Tali_Vallakohus, lk 5
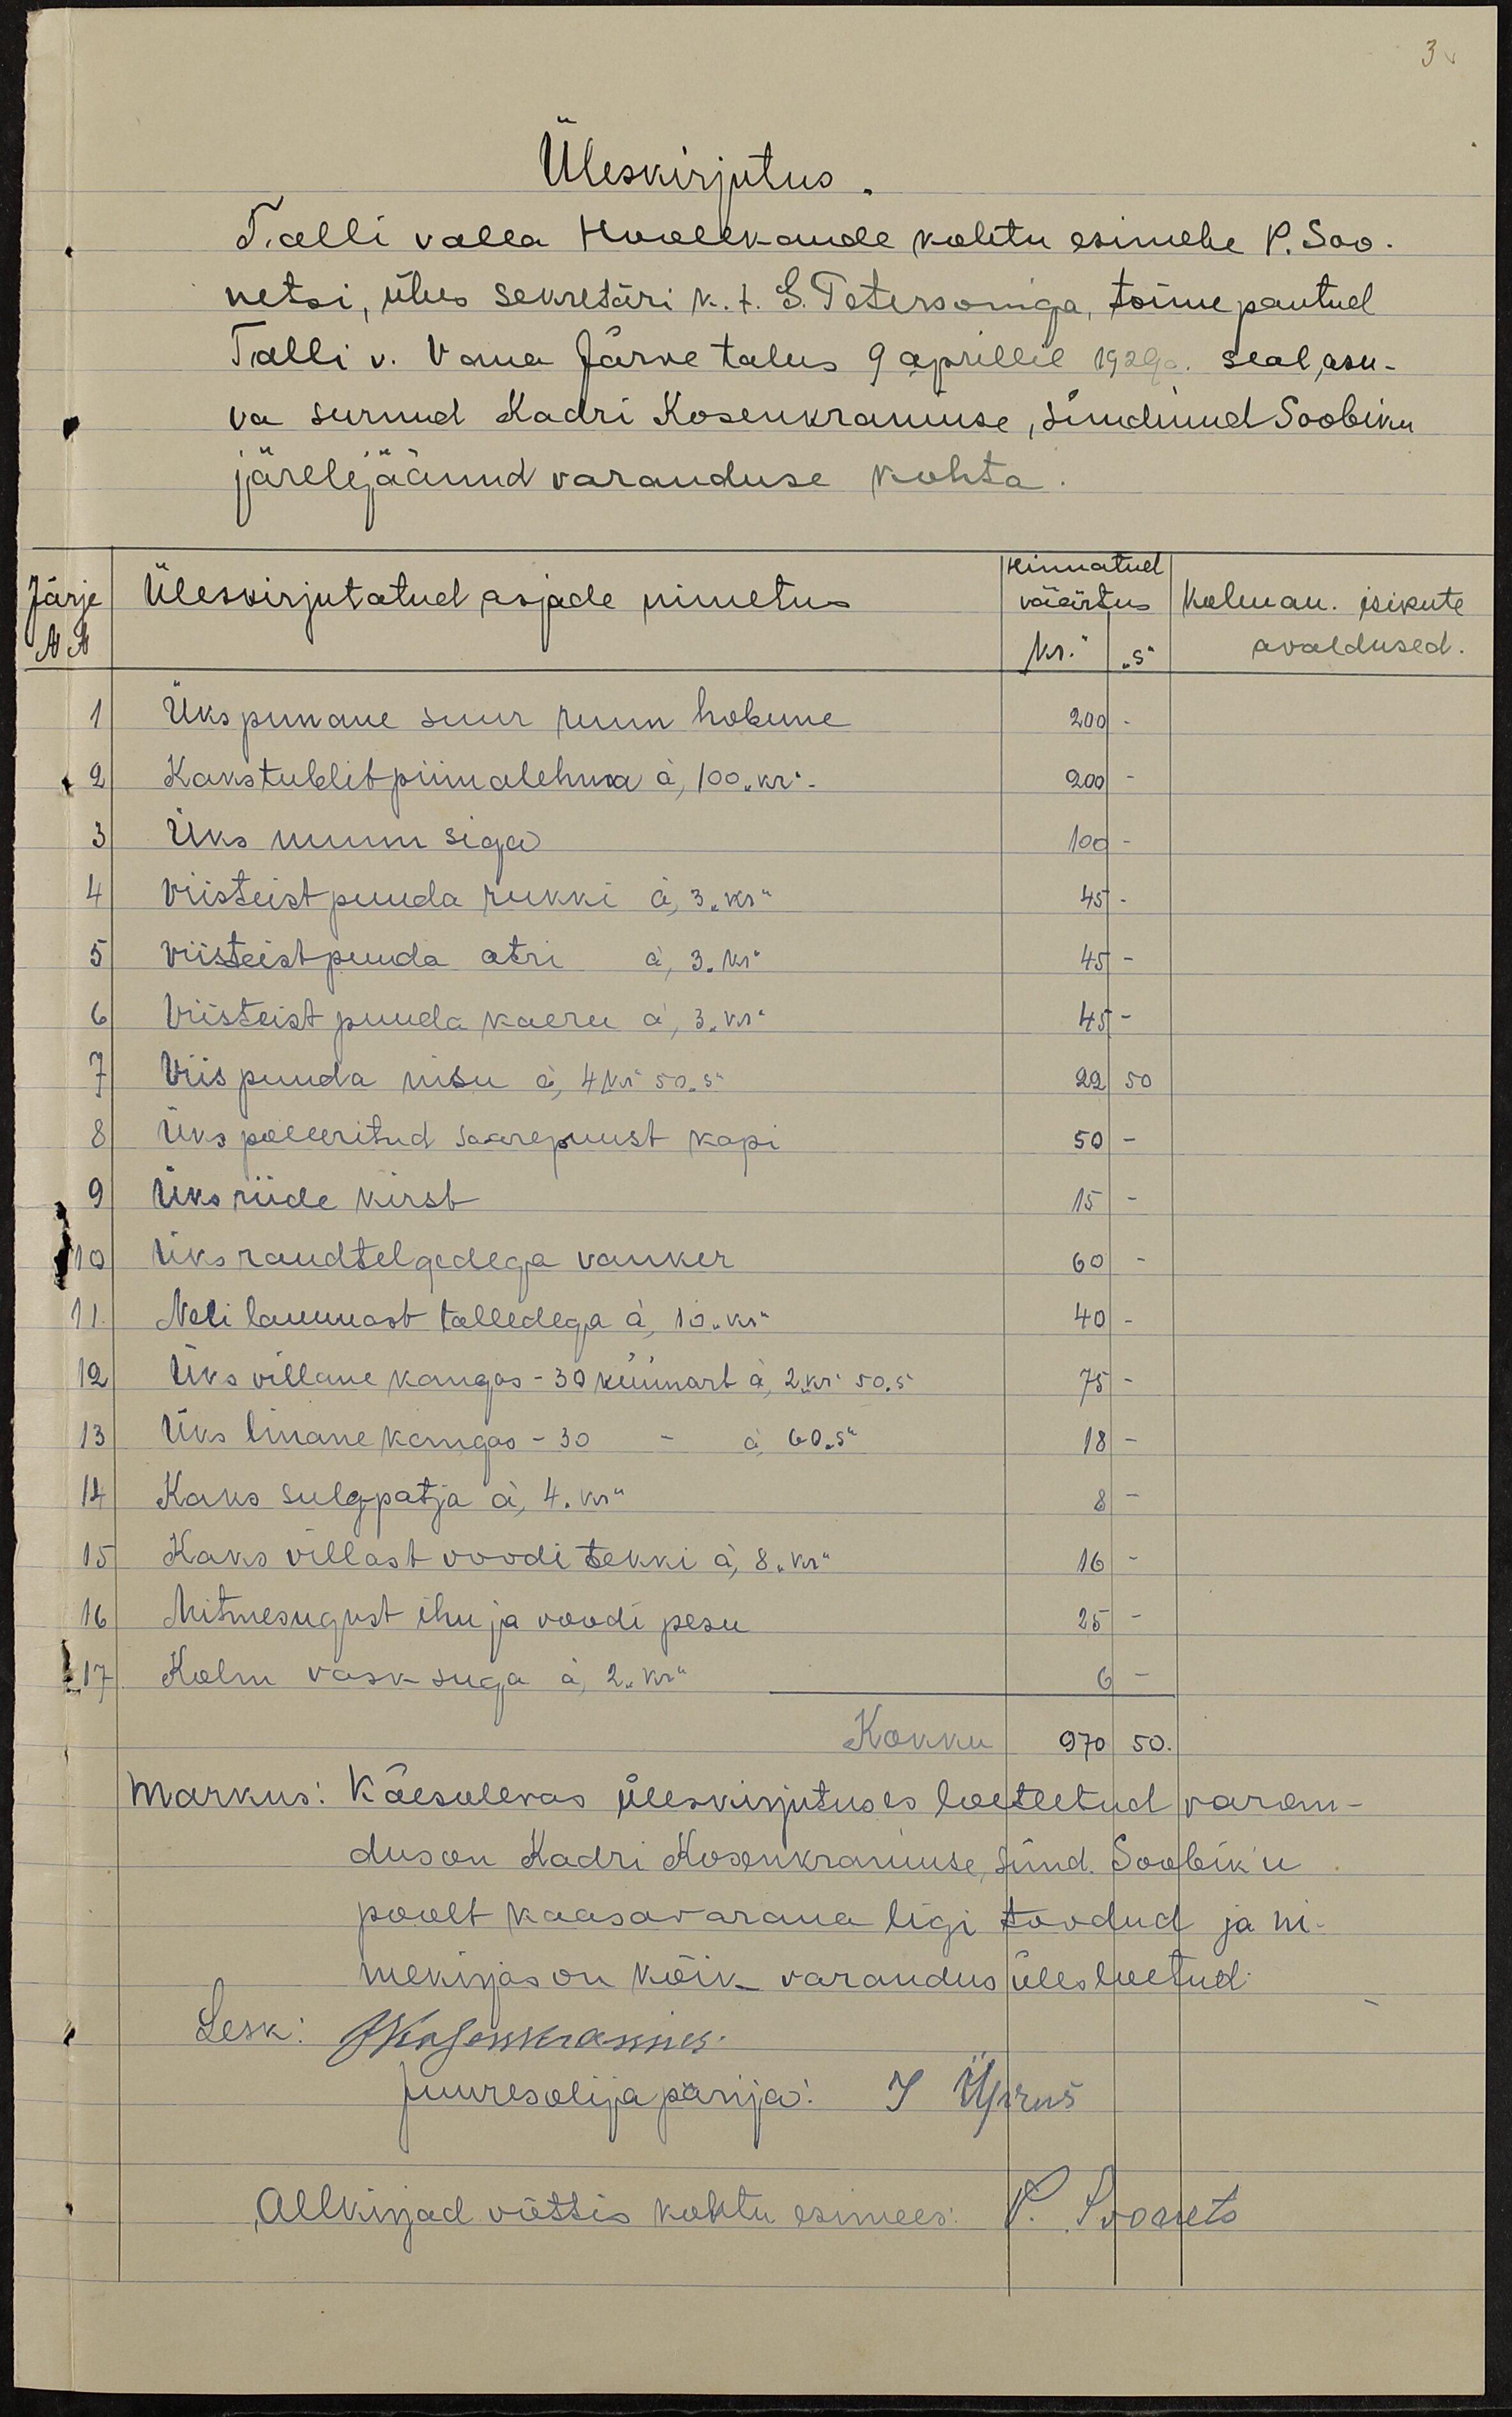
3.
Üleskirjutus.
Tralli valla Hoolekande kohtu esimehe P. Soo-
netsi, ühes sekretäri k.t. S. Petersoniga, toime pantud
Tralli v. Vana Järve talus 9 aprillil 1929 a. seal, asu-
va surnud Kadri Kosenkraniuse, sündinud Soobiku
järelejäänud varanduse kohta.
Järje
NN
Üleskirjutatud asjade nimetus
Hinnatud
väärtus
Nr." "s"
Kolman. isikute
avaldused.
1
Üks punane suur ruun hobune
200
2
Kaks tublit piimalehma á, 100 "kr".
200
3
Üks nuum siga
100
4
Viisteist puuda rukki á, 3 "kr"
45
5
Viisteist puuda atri á, 3 "kr"
45 -
6
Viisteist puuda kaeru á, 3 "kr"
45
7
Viis puuda nisu á, 4 "kr" 50 "s"
22 50
8
Üks poleeritud saarepuust kapi
50
9
Üks riide kirst
15
10
üks raudtelgedega vanker
60 -
11
Neli lammast talledega á, 10 "kr"
40
12
Üks villane kangas - 30 küünart á, 2 kr. 50 "s"
75 -
13
Üks linane kangas - 30 - á, 60 "s"
18
14
Kaks sulgpatja á, 4 "kr"
8 -
15
Kaks villast voodi tekki á, 8 "kr"
16 -
16
Mitmesugust ihu ja voodi pesu
25 -
17
Kolm vask suga á, 2 " kr"
6 -
Kokku 970 50.
Markus: Käesolevas üleskirjutuses loetletud varan-
dus on Kadri Kosenkraniuse sünd. Soobiku
poolt kaasavarana ligi toodud ja ni-
mekirjas on kõik varandus ülesloetud:
Lesk: JKosenkranius.
juuresolija pärija: I Üprus
Allkirjad võttis kohtu esimees: P. Soonets